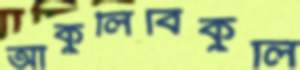
আকুলিবিকুলি